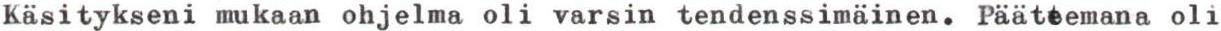
Käsitykseni mukaan ohjelma oli varsin tendenssimäinen. Pääteemana oli